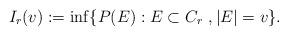
LaTeX: \begin{align*}I_{r}(v):=\inf\{P(E):E\subset C_r\ , |E|=v\}.\end{align*}